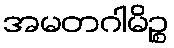
အမတဂါမိဉ္စ